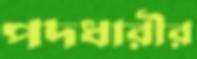
পদধারীর